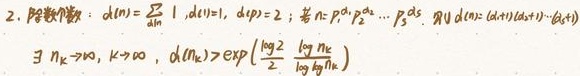
2. 除数函数：$d(n)=\sum_{d|n}1$ , $d(1)=1$ , $d(p)=2$；若 $n = p_1^{\alpha_1}p_2^{\alpha_2}\cdots p_s^{\alpha_s}$，则 $d(n)=(\alpha_1 + 1)(\alpha_2 + 1)\cdots (\alpha_s+1)$
$\exists n_k \to \infty$，$k\to \infty$，$d(n_k)>\exp\left(\frac{\log 2}{2}\frac{\log n_k}{\log\log n_k}\right)$